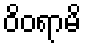
ဝိဝရာမိ